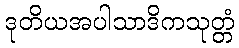
ဒုတိယအပါသာဒိကသုတ္တံ